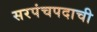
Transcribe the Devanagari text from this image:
सरपंचपदाची